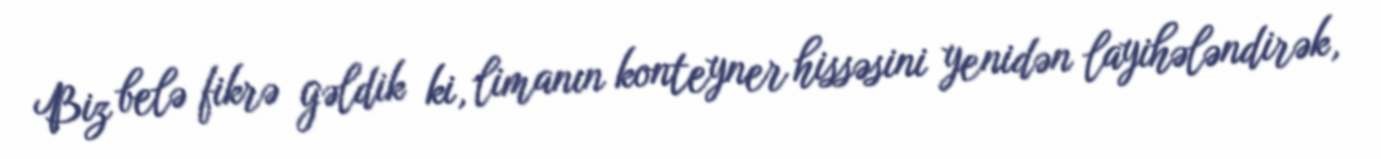
Biz belə fikrə gəldik ki, limanın konteyner hissəsini yenidən layihələndirək,